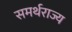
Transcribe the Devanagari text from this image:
समर्थराज्य